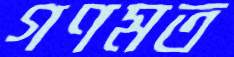
গণমত